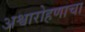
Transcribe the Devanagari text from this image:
अश्वारोहणाचा